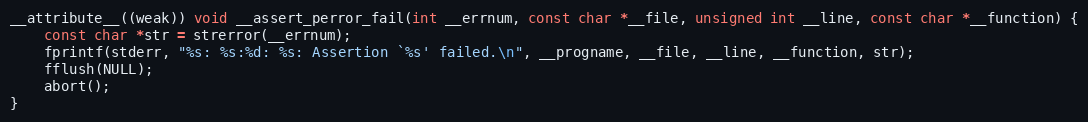
Language: C
__attribute__((weak)) void __assert_perror_fail(int __errnum, const char *__file, unsigned int __line, const char *__function) {
    const char *str = strerror(__errnum);
    fprintf(stderr, "%s: %s:%d: %s: Assertion `%s' failed.\n", __progname, __file, __line, __function, str);
    fflush(NULL);
    abort();
}